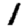
Digit: 1